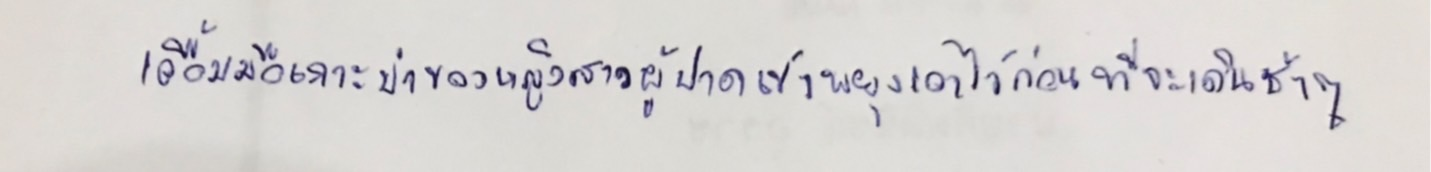
เอื้อมมือเกาะบ่าของหญิงสาวผู้ปาดเข้าพยุงเอาไว้ก่อนที่จะเดินช้าๆ